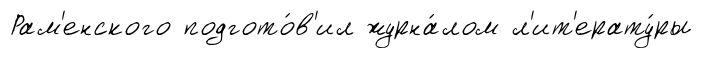
Рам'енского подгото́в'ил журна́лом л'ит'ерату́ры